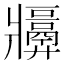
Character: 𬌑